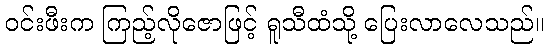
ဝင်းဖီးက ကြည့်လိုဇောဖြင့် ရူသီထံသို့ ပြေးလာလေသည်။